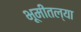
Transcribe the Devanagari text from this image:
भूमीतल्या